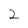
Character: 2